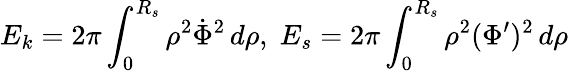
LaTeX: E_{k}=2\pi\int_{0}^{R_{s}}\rho^{2}\dot{\Phi}^{2}\, d\rho,\; E_{s}=2\pi\int_{0}^{R_{s}}\rho^{2}(\Phi^{\prime})^{2}\, d\rho